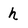
Character: h